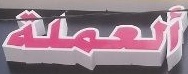
العملة